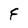
Character: F